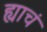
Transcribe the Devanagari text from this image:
ह्याचं